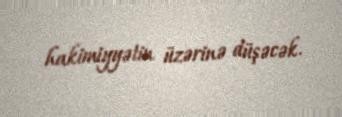
hakimiyyətin üzərinə düşəcək.